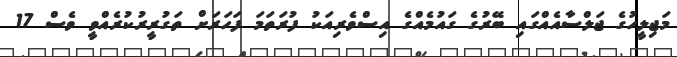
މަޖިލީހުގެ ޖަލްސާއެއްގައި ބޭރުގެ ގައުމެއްގެ އިސްވެރިއަކު ފުރަތަމަ ފަހަރަށް ތަގުރީރުކުރެއްވީ ވެސް 17